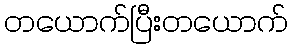
တယောက်ပြီးတယောက်